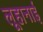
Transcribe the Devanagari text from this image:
लूहानाई